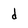
Character: d